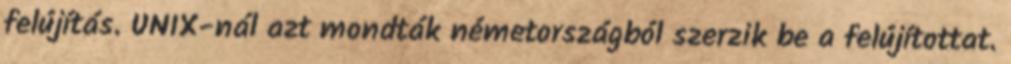
felújítás. UNIX-nál azt mondták németországból szerzik be a felújítottat.